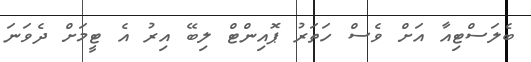
ބެލަސްޓިއާ އަށް ވެސް ހަތަރު ޕޮއިންޓް ލިބޭ އިރު އެ ޓީމަށް ދެވަނަ